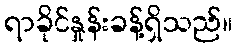
ရာခိုင်နှုန်းခန့်ရှိသည်။